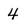
Character: 4